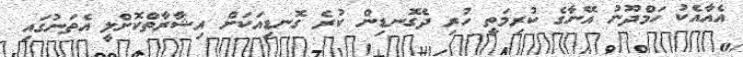
އެއާއެކު ހަމްދޫނު އޭނާގެ ކުރިމަތީ ހުރި ދެގޮނޑިން ކުރެ ގޮނޑިއަކަށް އިޝާރާތްކޮށްލީ އެތަނުގައި